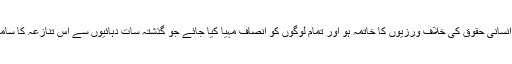
رواں سال اقوام متحدہ کی رپورٹ میں اس پر زور دیا گیا ہے کہ کشمیر میں انسانی حقوق کی خلاف ورزیوں کا خاتمہ ہو اور تمام لوگوں کو انصاف مہیا کیا جائے جو گذشتہ سات دہائیوں سے اس تنازعہ کا سامنا کر رہے ہیں، جس نے علاقہ کے لوگوں کی زندگیوں کو برباد کر دیا ہے۔